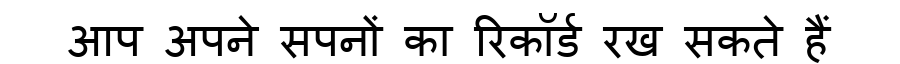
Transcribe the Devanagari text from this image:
आप अपने सपनों का रिकॉर्ड रख सकते हैं